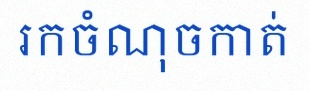
រកចំណុចកាត់